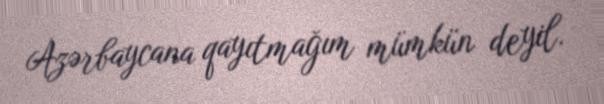
Azərbaycana qayıtmağım mümkün deyil.